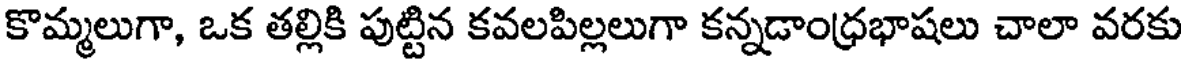
కొమ్మలుగా, ఒక తల్లికి పుట్టిన కవలపిల్లలుగా కన్నడాంధ్రభాషలు చాలా వరకు